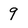
Character: 9